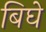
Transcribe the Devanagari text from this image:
बिघे